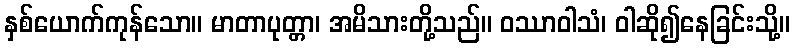
နှစ်ယောက်ကုန်သော။ မာတာပုတ္တာ၊ အမိသားတို့သည်။ ဝဿာဝါသံ၊ ဝါဆို၍နေခြင်းသို့။